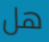
هل